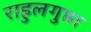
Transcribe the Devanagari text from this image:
राहुलगुप्ता